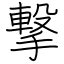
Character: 撃